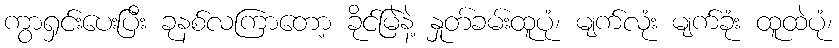
ကွာရှင်းပေးပြီး ခုနစ်လကြာတော့ ခိုင်မြဲနဲ့ နှုတ်ခမ်းထူပုံ၊ မျက်လုံး မျက်ခုံး ထူထဲပုံ၊